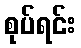
စုပ်ရင်း